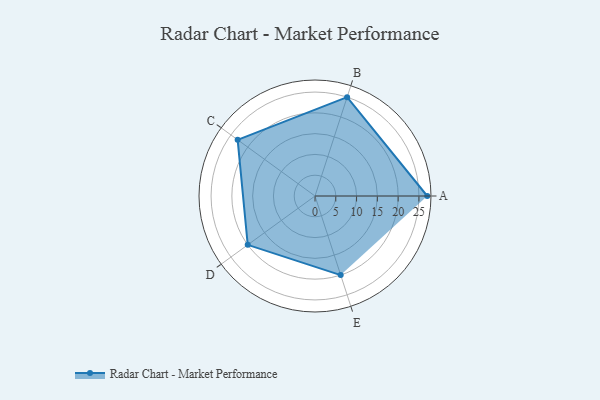
{"axis": {"x": "Skill", "y": "Score"}, "legend": ["Profile"], "data": [{"x": "A", "y": 27.0, "type": "Profile"}, {"x": "B", "y": 25.0, "type": "Profile"}, {"x": "C", "y": 23.0, "type": "Profile"}, {"x": "D", "y": 20, "type": "Profile"}, {"x": "E", "y": 20, "type": "Profile"}]}